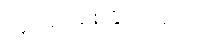
လှုပ်ရှားစေနိုင်သည်။